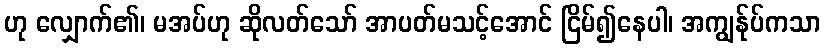
ဟု လျှောက်၏၊ မအပ်ဟု ဆိုလတ်သော် အာပတ်မသင့်အောင် ငြိမ်၍နေပါ၊ အကျွန်ုပ်ကသာ